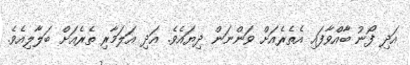
އަދި ފޯނު ބާއްވާފައި އެތެރެއަށް ވަންނަން ދިޔައެވެ. އަދި އަލަމާރި ތެރެއަށް ބަލާލިއެވެ.